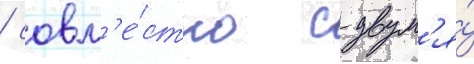
/ совм'е́стно с двум'я́